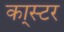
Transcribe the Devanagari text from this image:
का्स्‍टर